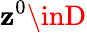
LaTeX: \mathbf{z}^{0}\inD